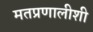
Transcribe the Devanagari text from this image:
मतप्रणालीशी